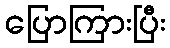
ပြောကြားပြီး